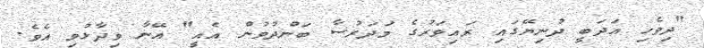
"ދިވެހި އަދަބީ ދުނިޔޭގައި ރައިވަރުގެ މަދަރުސާ ބަންދުވުން އެއީ" އޭނާ ވިދާޅުވި އެވެ.